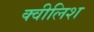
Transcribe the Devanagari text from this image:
क्वीलिश